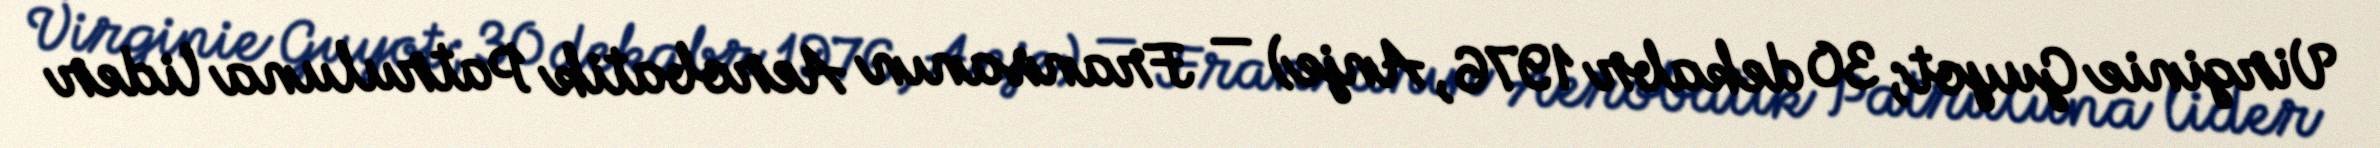
Virginie Guyot; 30 dekabr 1976, Anje) — Fransanın Aerobatik Patruluna lider